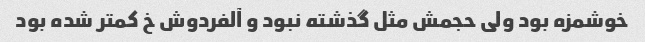
خوشمزه بود ولی حجمش مثل گذشته نبود و آلفردوش خ کمتر شده بود